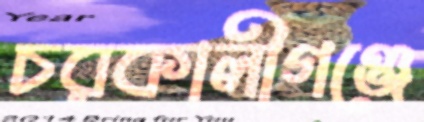
চরকালীগঞ্জে